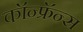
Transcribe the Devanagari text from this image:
कॉन्फ्रॅन्स